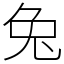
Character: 兔